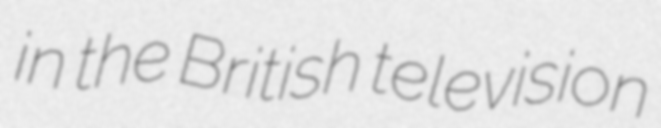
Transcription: in the British television